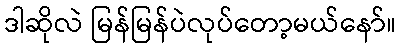
ဒါဆိုလဲ မြန်မြန်ပဲလုပ်တော့မယ်နော်။